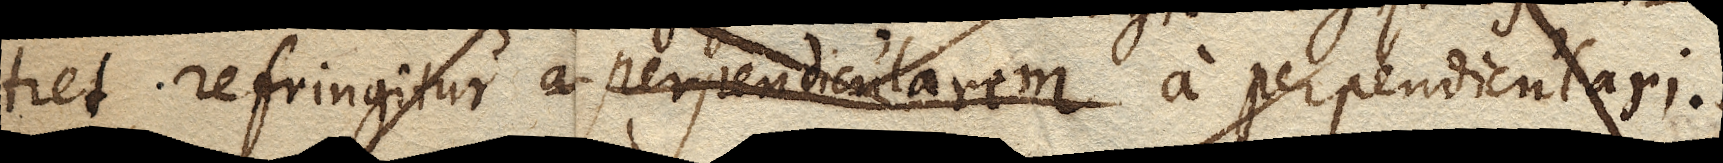
tret refringitur a perpendicularem a perpendiculari.